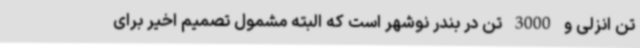
تن انزلی و 3000 تن در بندر نوشهر است که البته مشمول تصمیم اخیر برای